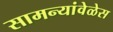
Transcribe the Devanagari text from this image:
सामन्यांवेळेस